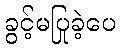
ခွင့်မပြုခဲ့ပေ